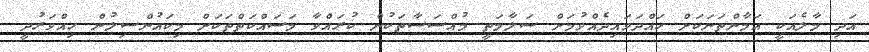
އަދި މާލެއަކީ އަމާންތަނަކަށް ހައްދަވައިދެއްވުމަށް ސަލާމަތީ މުއްސަސާތަކުން ކުރައްވާ މަސައްކަތްތަކަށް މިކައުންސިލުން ހިއްވަރުދީ